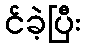
င်ခဲ့ပြီး